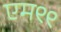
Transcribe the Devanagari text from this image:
एम९९